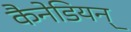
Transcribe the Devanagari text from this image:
कैनेडियन्